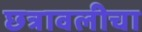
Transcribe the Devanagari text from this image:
छत्रावलीचा